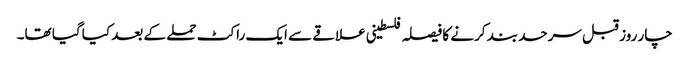
چار روز قبل سرحد بند کرنے کا فیصلہ فلسطینی علاقے سے ایک راکٹ حملے کے بعد کیا گیا تھا۔